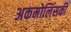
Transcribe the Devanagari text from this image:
अकमोलिंसकी